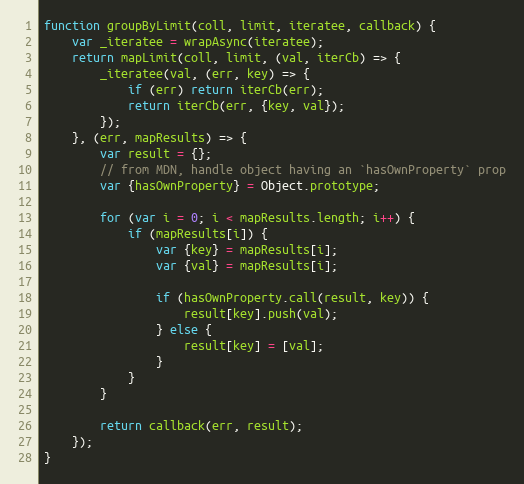
Language: JavaScript
function groupByLimit(coll, limit, iteratee, callback) {
    var _iteratee = wrapAsync(iteratee);
    return mapLimit(coll, limit, (val, iterCb) => {
        _iteratee(val, (err, key) => {
            if (err) return iterCb(err);
            return iterCb(err, {key, val});
        });
    }, (err, mapResults) => {
        var result = {};
        // from MDN, handle object having an `hasOwnProperty` prop
        var {hasOwnProperty} = Object.prototype;

        for (var i = 0; i < mapResults.length; i++) {
            if (mapResults[i]) {
                var {key} = mapResults[i];
                var {val} = mapResults[i];

                if (hasOwnProperty.call(result, key)) {
                    result[key].push(val);
                } else {
                    result[key] = [val];
                }
            }
        }

        return callback(err, result);
    });
}